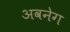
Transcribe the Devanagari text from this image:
अवनेग